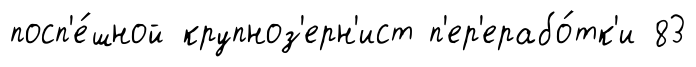
посп'е́шной крупноз'ерн'ист п'ер'ерабо́тк'и 83